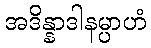
အဒိန္နာဒါနမ္ပာဟံ